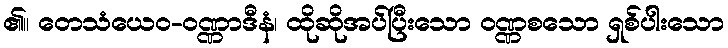
၏။ တေသံယေဝ-ဝဏ္ဏာဒီနံ၊ ထိုဆိုအပ်ပြီးသော ဝဏ္ဏစသော ရှစ်ပါးသော